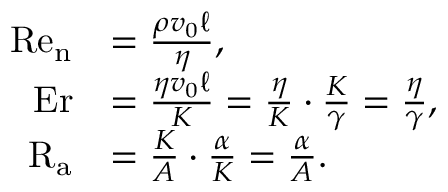
\begin{array} { r l } { \mathrm { R e } _ { \mathrm { n } } } & { = \frac { \rho v _ { 0 } \ell } { \eta } , } \\ { \mathrm { E r } } & { = \frac { \eta v _ { 0 } \ell } { K } = \frac { \eta } { K } \cdot \frac { K } { \gamma } = \frac { \eta } { \gamma } , } \\ { \mathrm { R } _ { \mathrm { a } } } & { = \frac { K } { A } \cdot \frac { \alpha } { K } = \frac { \alpha } { A } . } \end{array}